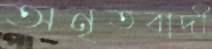
অনৃতবাদী